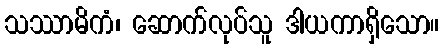
သဿာမိကံ၊ ဆောက်လုပ်သူ ဒါယကာရှိသော။